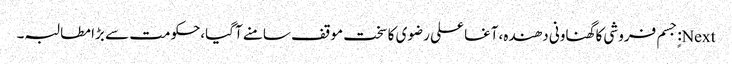
Next: ٍجسم فروشی کا گھناونی دھندہ،آغا علی رضوی کا سخت موقف سامنے آگیا،حکومت سے بڑا مطالبہ۔